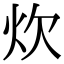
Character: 炊